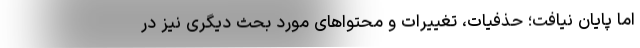
اما پایان نیافت؛ حذفیات، تغییرات و محتواهای مورد بحث دیگری نیز در